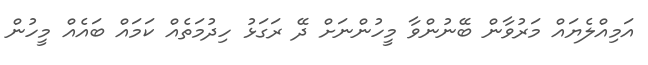
އަމިއްލެޔައް މަރުވާން ބޭނުންވާ މީހުންނަށް ދޭ ރަގަޅު ހިދުމަތެއް ކަމައް ބައެއް މީހުން